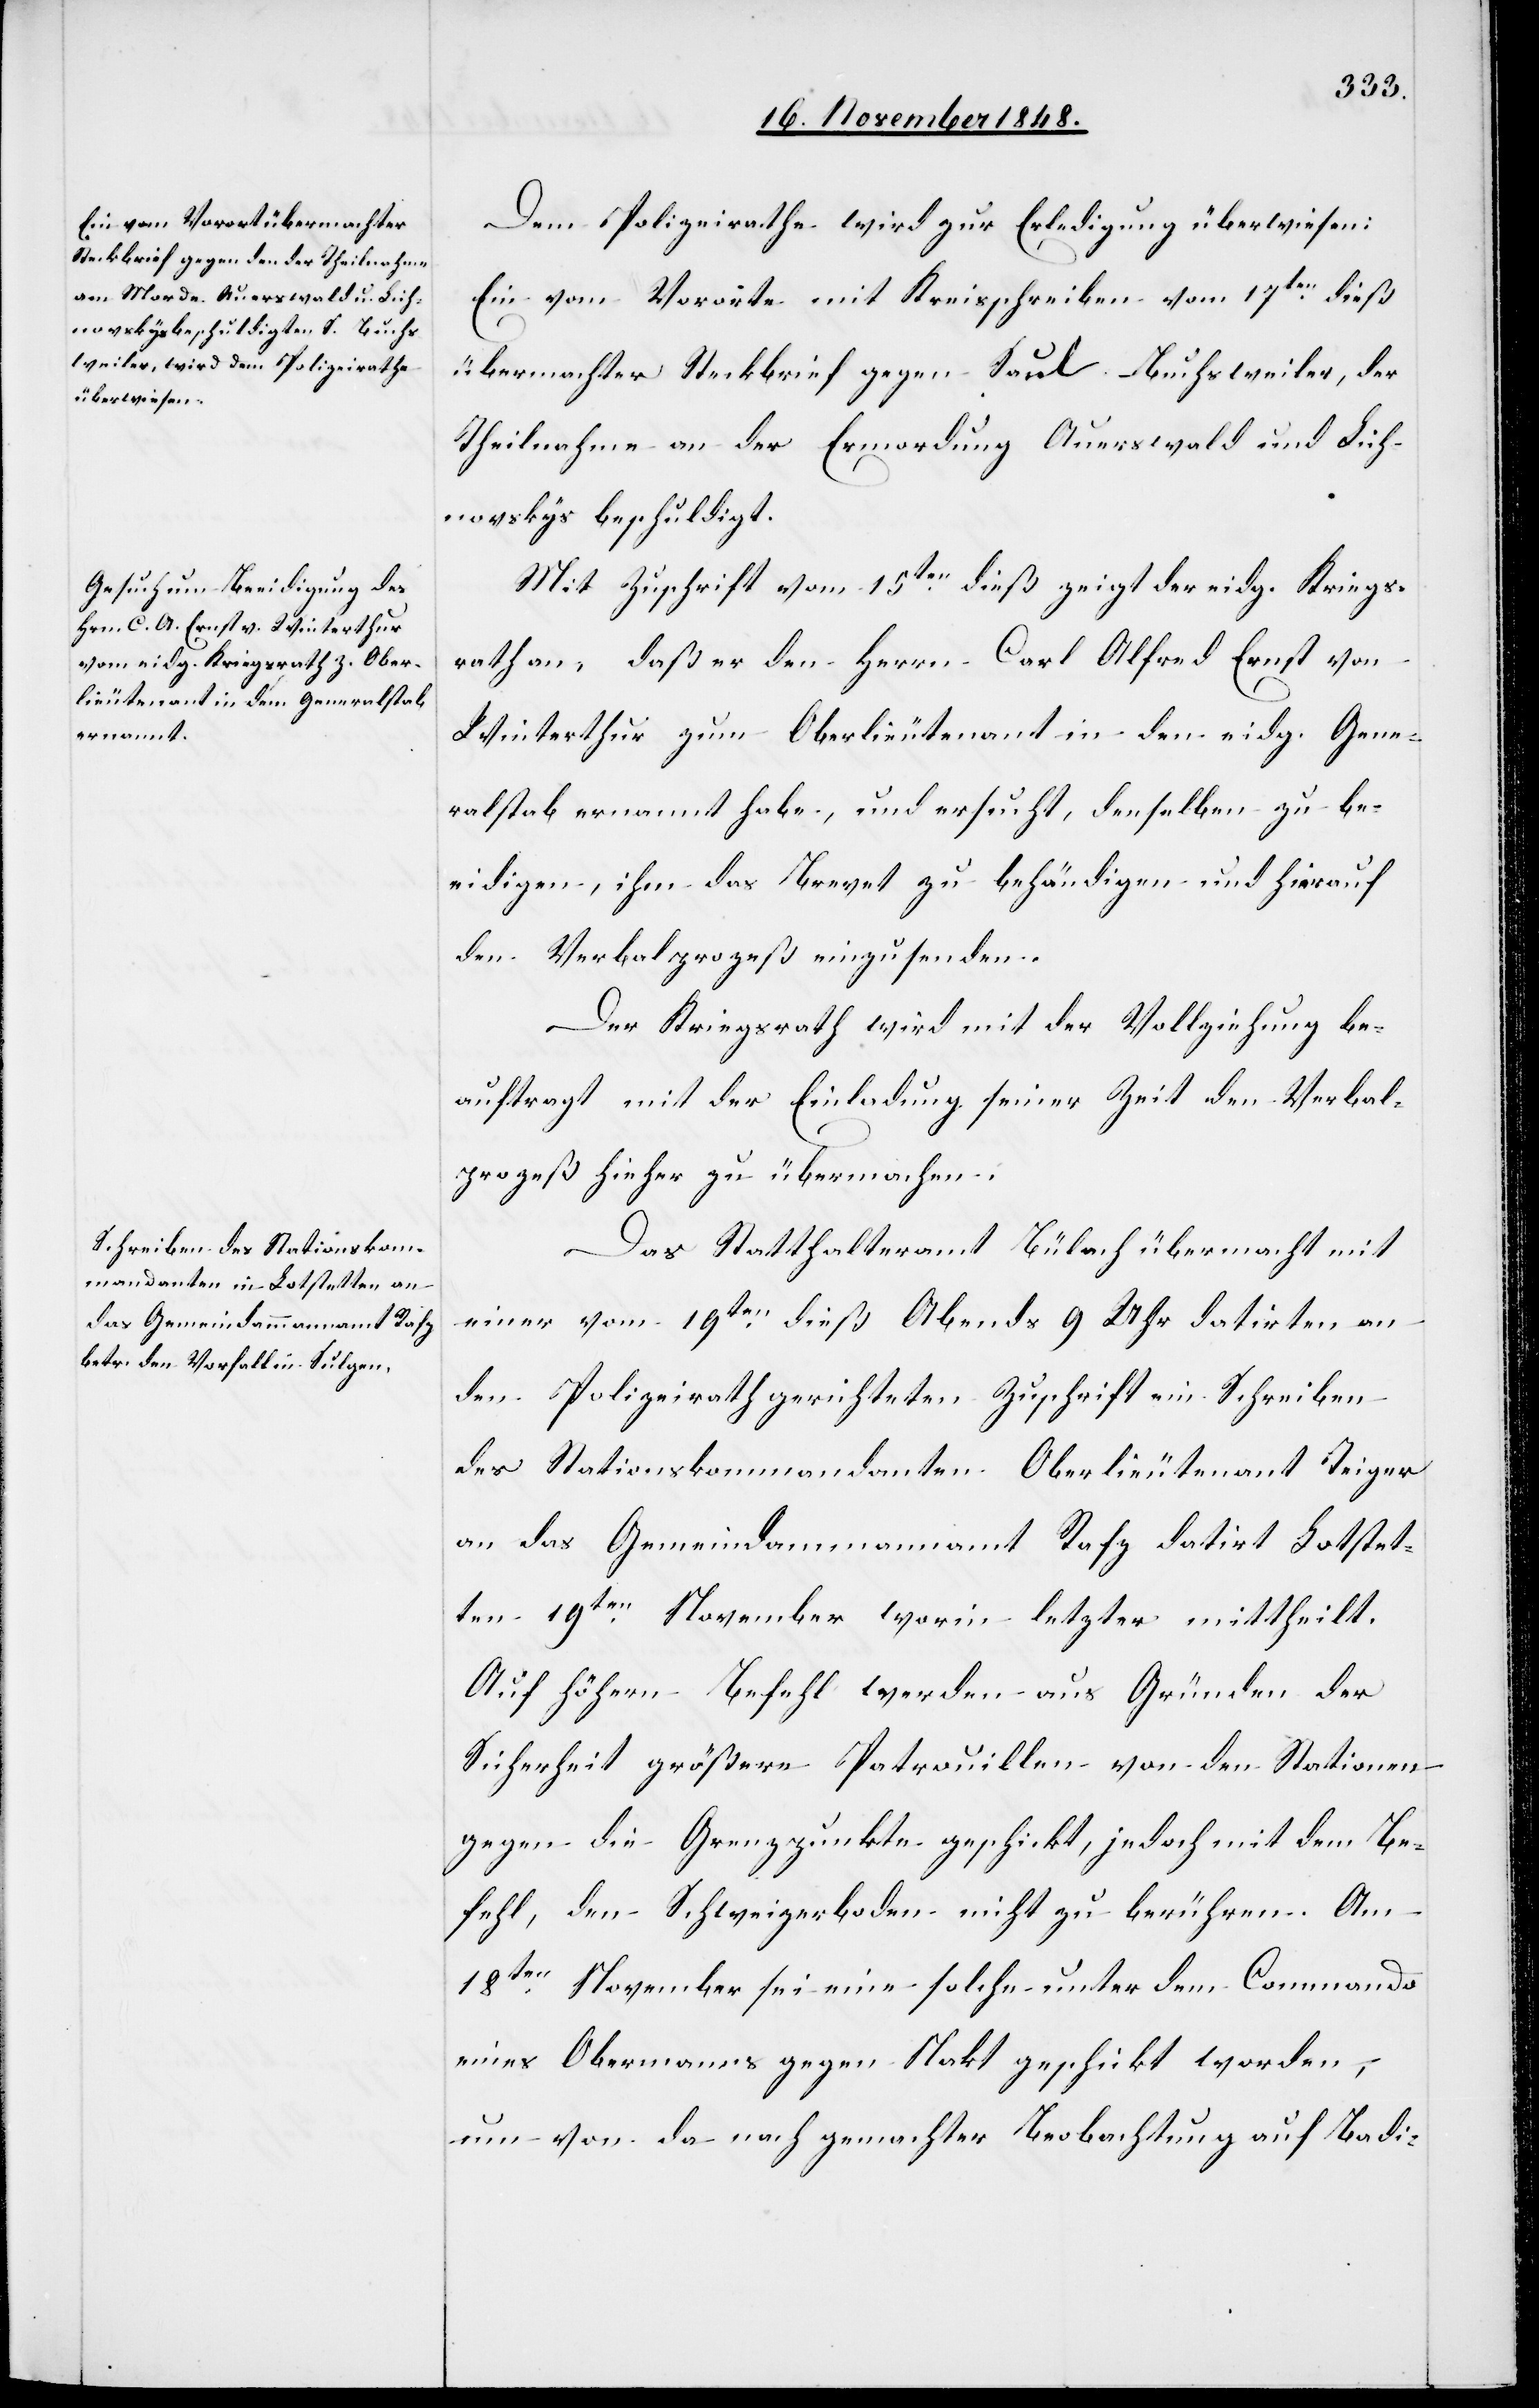
20. November 1848.]
Dem Polizeirathe wird zur Erledigung überwiesen:
Ein vom Vororte mit Kreisschreiben vom 17ten dieß
übermachter Steckbrief gegen Saul Buchweiler, der
Theilnahme an der Ermordung Auerswald und Lich¬
novskys beschuldigt.
Mit Zuschrift vom 15ten dieß zeigt der eidg. Kriegs¬
rath an, daß er den Herrn Carl Alfred Ernst von
Winterthur zum Oberlieutenant in den eidg. Gene¬
ralstab ernannt habe, und ersucht, denselben zu be¬
eidigen, ihm das Brevet zu behändigen und hierauf
den Verbalprozeß einzusenden.
Der Kriegsrath wird mit der Vollziehung be¬
auftragt mit der Einladung seiner Zeit den Verbal¬
prozeß hieher zu übermachen.
Das Statthalteramt Bülach übermacht mit
einer vom 19ten dieß Abends 9 Uhr datirten an
den Polizeirathe gerichteten Zuschrift ein Schreiben
des Stationskommandanten Oberlieutenant Teiger
an das Gemeindammannamt Rafz datirt Lotstet¬
ten 19ten November worin letzter mittheilt.
Auf höhern Befehl werden aus Gründen der
Sicherheit größere Patrouillen von den Stationen
gegen die Grenzpunkte geschickt, jedoch mit dem Be¬
fehl, den Schweizerboden nicht zu berühren. Am
18ten November sei eine solche unter dem Commando
eines Obermanns gegen Nakt geschickt worden,
um von da nach gemachter Beobachtung auf Badi-